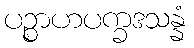
ပဉ္စာဟပက္ခဒသန္နံ